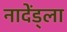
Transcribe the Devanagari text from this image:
नादेंड्ला